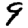
Digit: 9